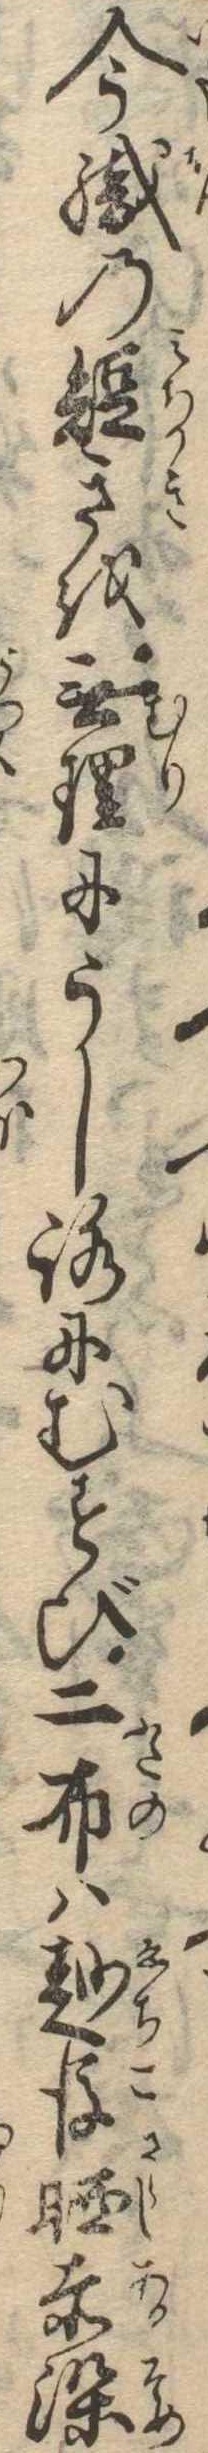
今織の短きを無理にうしろにむすび二布は越後晒赤染